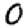
Digit: 0